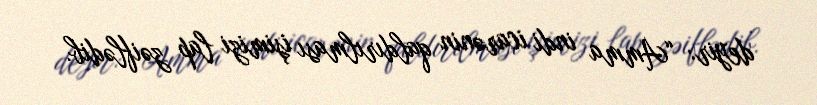
deyir: “Amma indi icarənin qaldırılması işimizi lap zəiflədib.